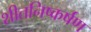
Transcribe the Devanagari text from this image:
शीतनिष्कर्षण